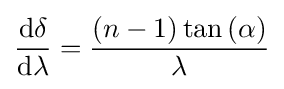
{\frac {\mathrm {d} \delta }{\mathrm {d} \lambda }}={\frac {(n-1)\tan {(\alpha )}}{\lambda }}